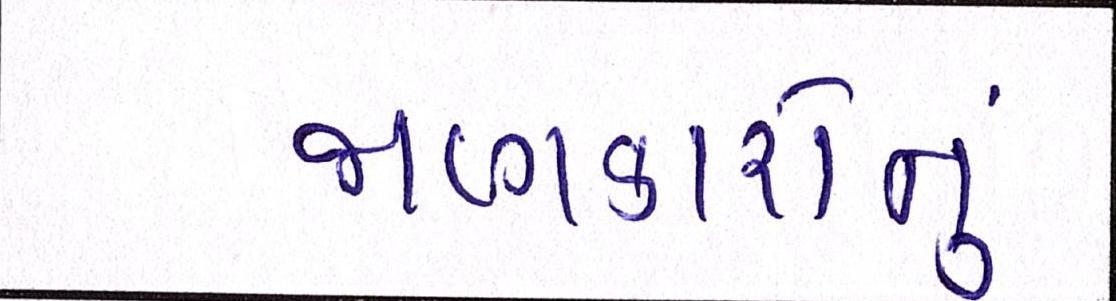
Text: જાણકારોનું